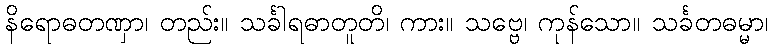
နိရောဓတဏှာ၊ တည်း။ သင်္ခါရဓာတူတိ၊ ကား။ သဗ္ဗေ၊ ကုန်သော။ သင်္ခတဓမ္မာ၊